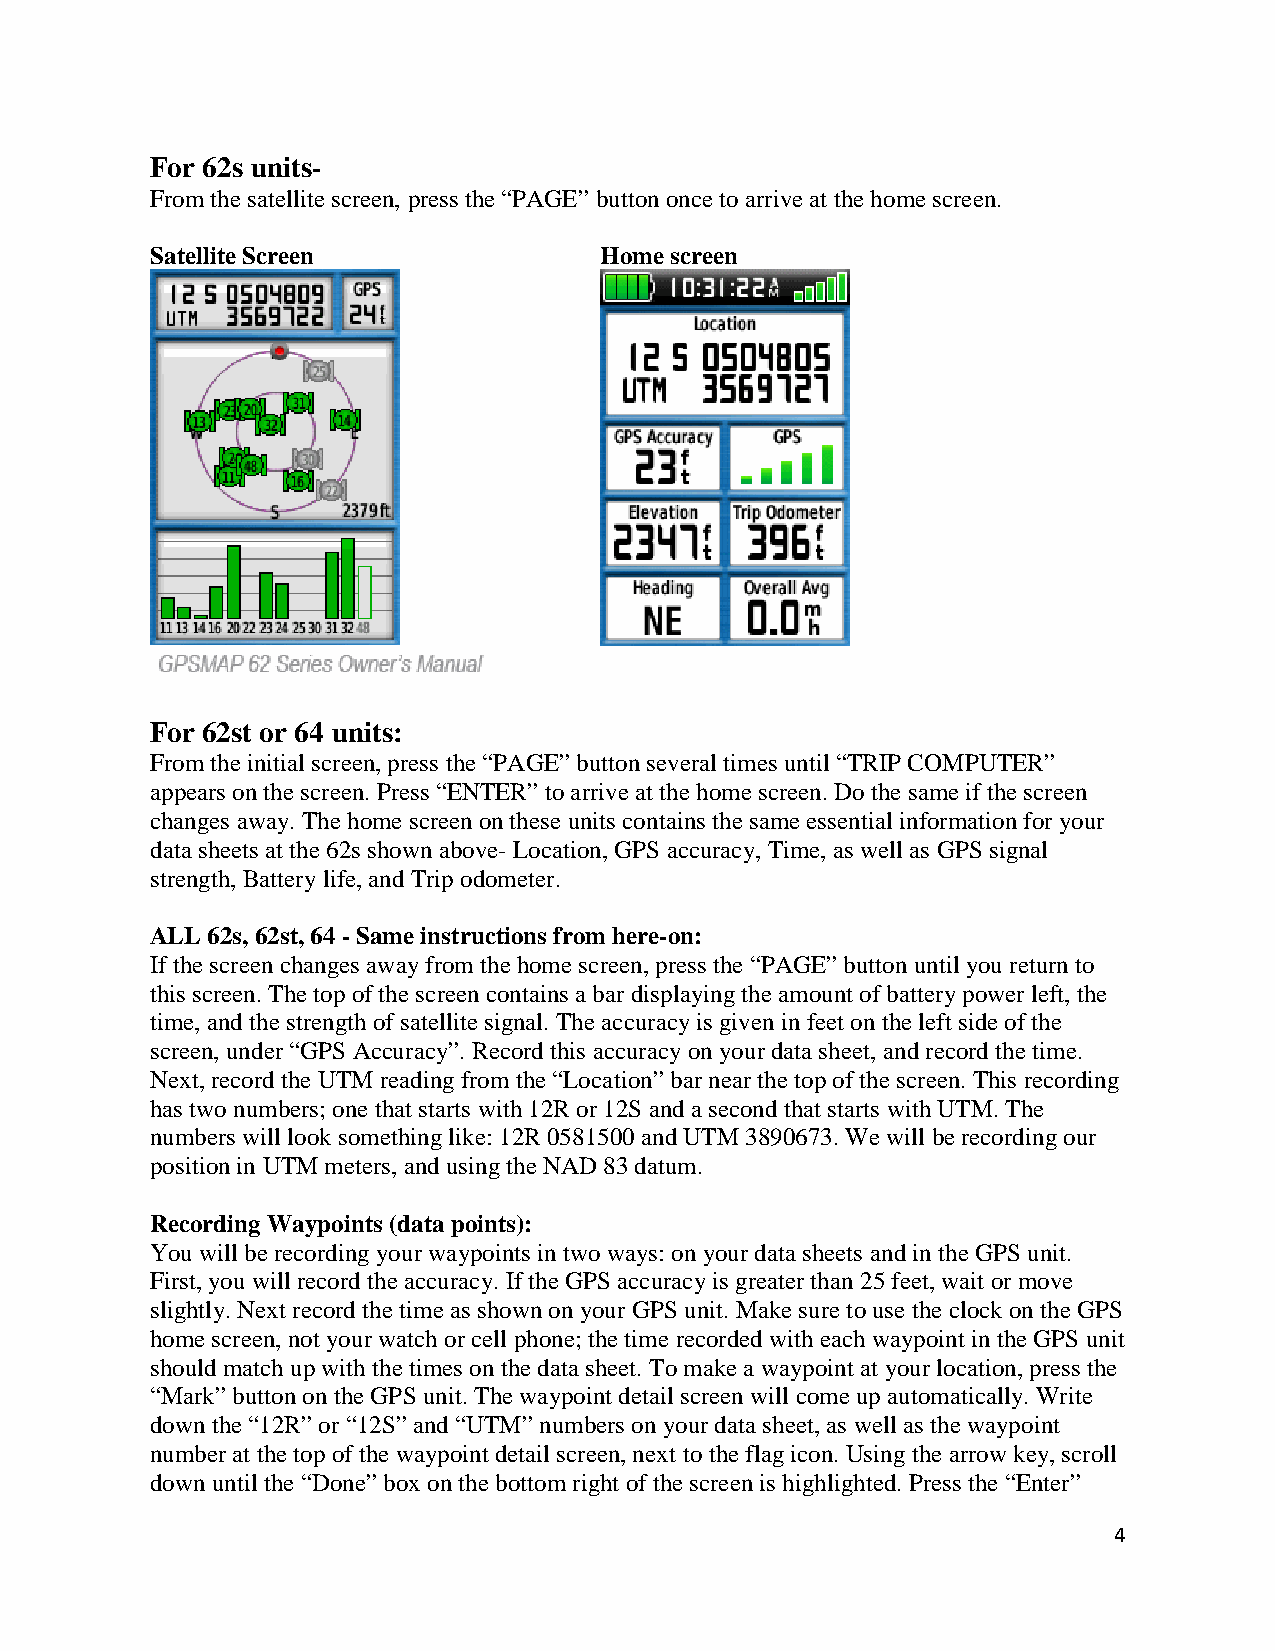
For 62s units-
 From the satellite screen, press the “PAGE” button once to arrive at the home screen.
 Satellite Screen              Home screen
 For 62st or 64 units:
 From the initial screen, press the “PAGE” button several times until “TRIP COMPUTER”
 appears on the screen. Press “ENTER” to arrive at the home screen. Do the same if the screen
 changes away. The home screen on these units contains the same essential information for your
 data sheets at the 62s shown above- Location, GPS accuracy, Time, as well as GPS signal
 strength, Battery life, and Trip odometer.
 ALL 62s, 62st, 64 - Same instructions from here-on:
 If the screen changes away from the home screen, press the “PAGE” button until you return to
 this screen. The top of the screen contains a bar displaying the amount of battery power left, the
 time, and the strength of satellite signal. The accuracy is given in feet on the left side of the
 screen, under “GPS Accuracy”. Record this accuracy on your data sheet, and record the time.
 Next, record the UTM reading from the “Location” bar near the top of the screen. This recording
 has two numbers; one that starts with 12R or 12S and a second that starts with UTM. The
 numbers will look something like: 12R 0581500 and UTM 3890673. We will be recording our
 position in UTM meters, and using the NAD 83 datum.
 Recording Waypoints (data points):
 You will be recording your waypoints in two ways: on your data sheets and in the GPS unit.
 First, you will record the accuracy. If the GPS accuracy is greater than 25 feet, wait or move
 slightly. Next record the time as shown on your GPS unit. Make sure to use the clock on the GPS
 home screen, not your watch or cell phone; the time recorded with each waypoint in the GPS unit
 should match up with the times on the data sheet. To make a waypoint at your location, press the
 “Mark” button on the GPS unit. The waypoint detail screen will come up automatically. Write
 down the “12R” or “12S” and “UTM” numbers on your data sheet, as well as the waypoint
 number at the top of the waypoint detail screen, next to the flag icon. Using the arrow key, scroll
 down until the “Done” box on the bottom right of the screen is highlighted. Press the “Enter”
 4